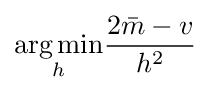
{\underset {h}{\operatorname {arg\,min} }}{\frac {2{\bar {m}}-v}{h^{2}}}